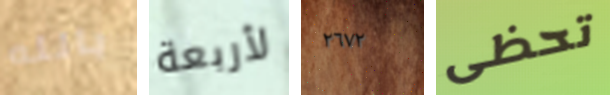
بالله لأربعة ٢٦٧٢ تحظى